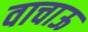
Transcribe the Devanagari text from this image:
वाचाऊ